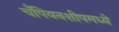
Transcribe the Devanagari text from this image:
चँपियनशीपमध्ये